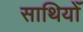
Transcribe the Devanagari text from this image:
साथियोँ